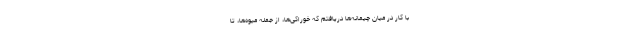
با کار در میان چیمانه‌ها دریافتم که خوراکی‌ها، از جمله میوه‌ها، تا